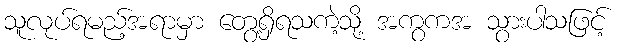
သူလုပ်ရမည့်အရာမှာ တွေ့ရှိရသကဲ့သို့ အကွကအ သွားပါသဖြင့်